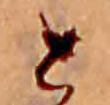
と